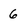
Character: 6